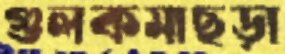
গুলকমাছড়া